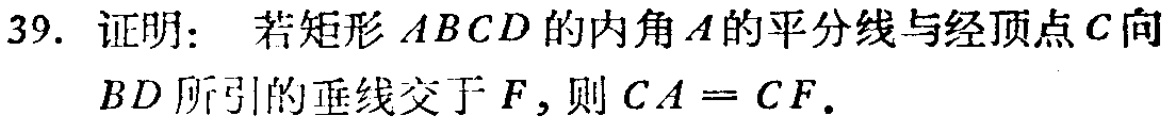
39. 证明： 若矩形 \(ABCD\) 的内角 \(A\) 的平分线与经顶点 \(C\) 向 \(BD\) 所引的垂线交于 \(F\)，则 \(CA = CF\).